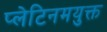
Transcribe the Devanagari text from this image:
प्लेटिनमयुक्त